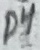
Text: D4